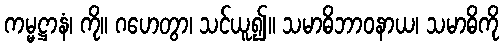
ကမ္မဋ္ဌာနံ၊ ကို။ ဂဟေတွာ၊ သင်ယူ၍။ သမာဓိဘာဝနာယ၊ သမာဓိကို